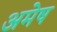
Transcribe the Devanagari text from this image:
अमेष